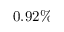
0 . 9 2 \%